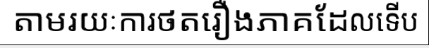
តាមរយៈការថតរឿងភាគដែលទើប